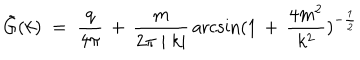
{ \tilde { G } } ( k ) \; = \; \frac { q } { 4 \pi } \, + \, \frac { m } { 2 \pi \mid k \mid } \, \operatorname { a r c s i n } ( 1 \, + \, \frac { 4 m ^ { 2 } } { k ^ { 2 } } ) ^ { - \frac { 1 } { 2 } }